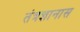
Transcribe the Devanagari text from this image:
तंत्रज्ञानास